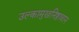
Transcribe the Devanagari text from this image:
उल्कामुखनिष्ठावान